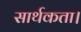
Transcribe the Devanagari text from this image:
सार्थकता।